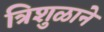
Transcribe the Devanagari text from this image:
त्रिशुळाने